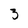
Character: 3